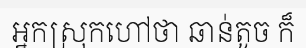
អ្នកស្រុកហៅថា ឆាន់តូច ក៏